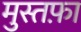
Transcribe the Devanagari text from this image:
मुस्तफा़